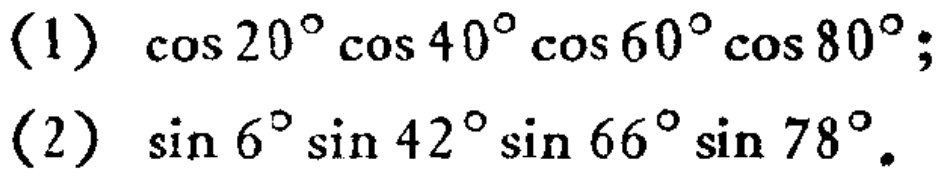
(1) \(\cos 20^{\circ}\cos 40^{\circ}\cos 60^{\circ}\cos 80^{\circ}\);

(2) \(\sin 6^{\circ}\sin 42^{\circ}\sin 66^{\circ}\sin 78^{\circ}\)